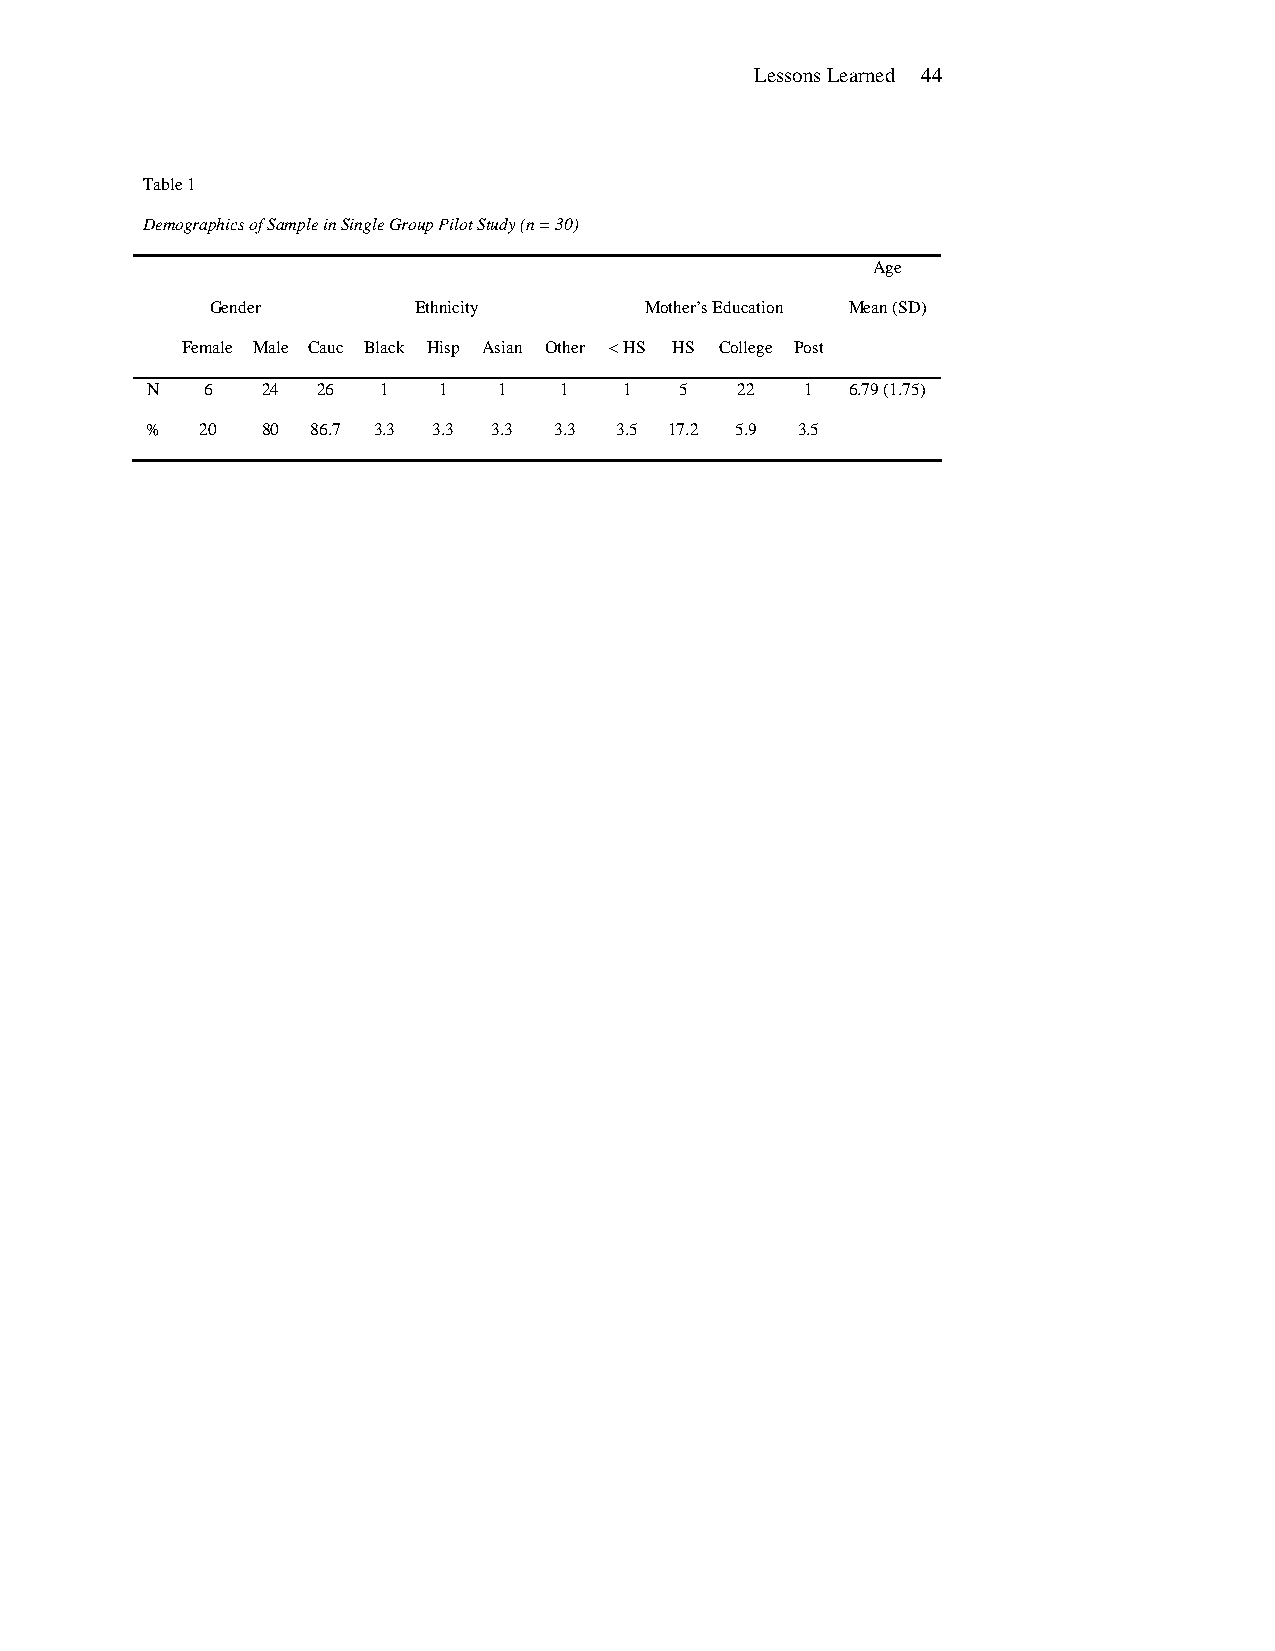
Lessons Learned 44
 Table 1
 Demographics of Sample in Single Group Pilot Study (n = 30)
 Age
 Gender       Ethnicity       Mother’s Education Mean (SD)
 Female Male Cauc Black Hisp Asian Other < HS HS College Post
 N  6   24  26  1   1   1   1   1   5   22  1  6.79 (1.75)
 %  20  80  86.7 3.3 3.3 3.3 3.3 3.5 17.2 5.9 3.5